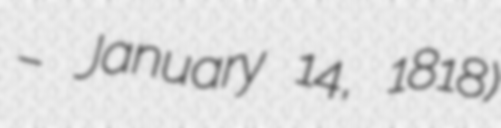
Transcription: – January 14, 1818)